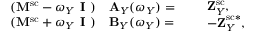
\begin{array} { r } { \begin{array} { c c } { ( \mathbf { M ^ { \mathrm { s c } } } - \omega _ { Y } \textbf { I } ) } \\ { ( \mathbf { M ^ { \mathrm { s c } } } + \omega _ { Y } \textbf { I } ) } \end{array} \begin{array} { l } { \mathbf { A } _ { Y } ( \omega _ { Y } ) = } \\ { \mathbf { B } _ { Y } ( \omega _ { Y } ) = } \end{array} \begin{array} { l } { \begin{array} { r l } & { \mathbf { Z } _ { Y } ^ { \mathrm { s c } } , } \\ & { \mathbf { - Z } _ { Y } ^ { \mathrm { s c } * } , } \end{array} } \end{array} } \end{array}